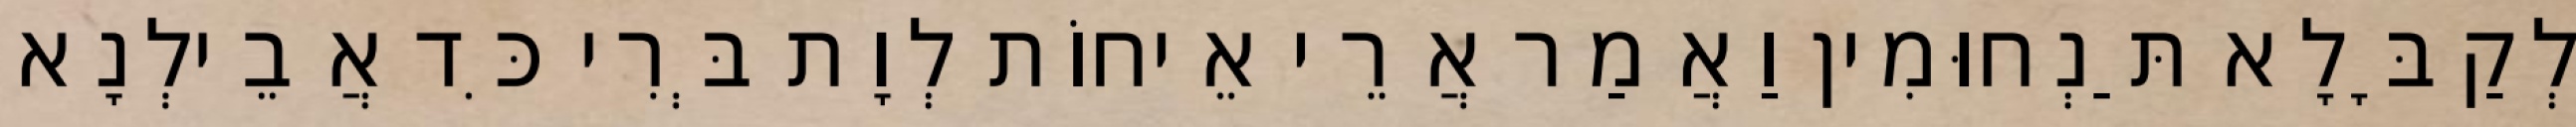
לְקַבָּלָא תַּנְחוּמִין וַאֲמַר אֲרֵי אֵיחוֹת לְוָת בְּרִי כִּד אֲבֵילְנָא